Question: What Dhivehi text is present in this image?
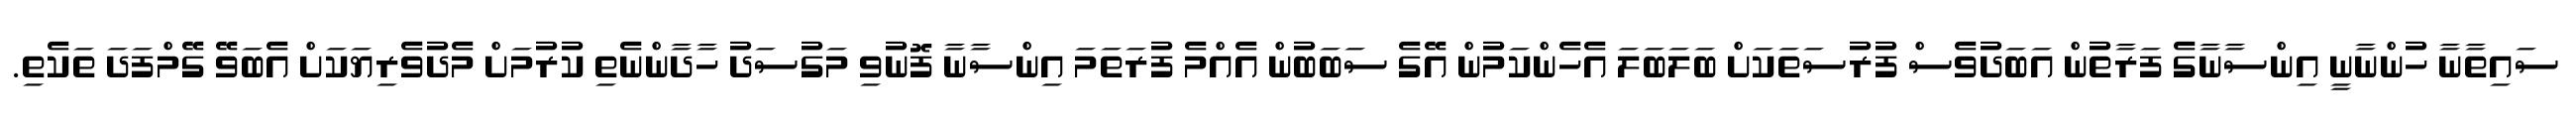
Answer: ސައިތާނާ ހުންނާނީ އިންސާނާގެ ފަރާތުން އަބަދުވެސް ފުރުސަތަކަށް ބަލަބަލަ އެހެންކަމުން އޭގެ ސަބަބުން އެއްމެ ފުރަތަމަ އިންސާނާ ފޮނުވި މަގުސަދު ހާދާންނެތި ކުރުމަށް މެދުވެރިޔަކަށް އެބަވޭ ގޭމްފަދަ ތަކެތި.